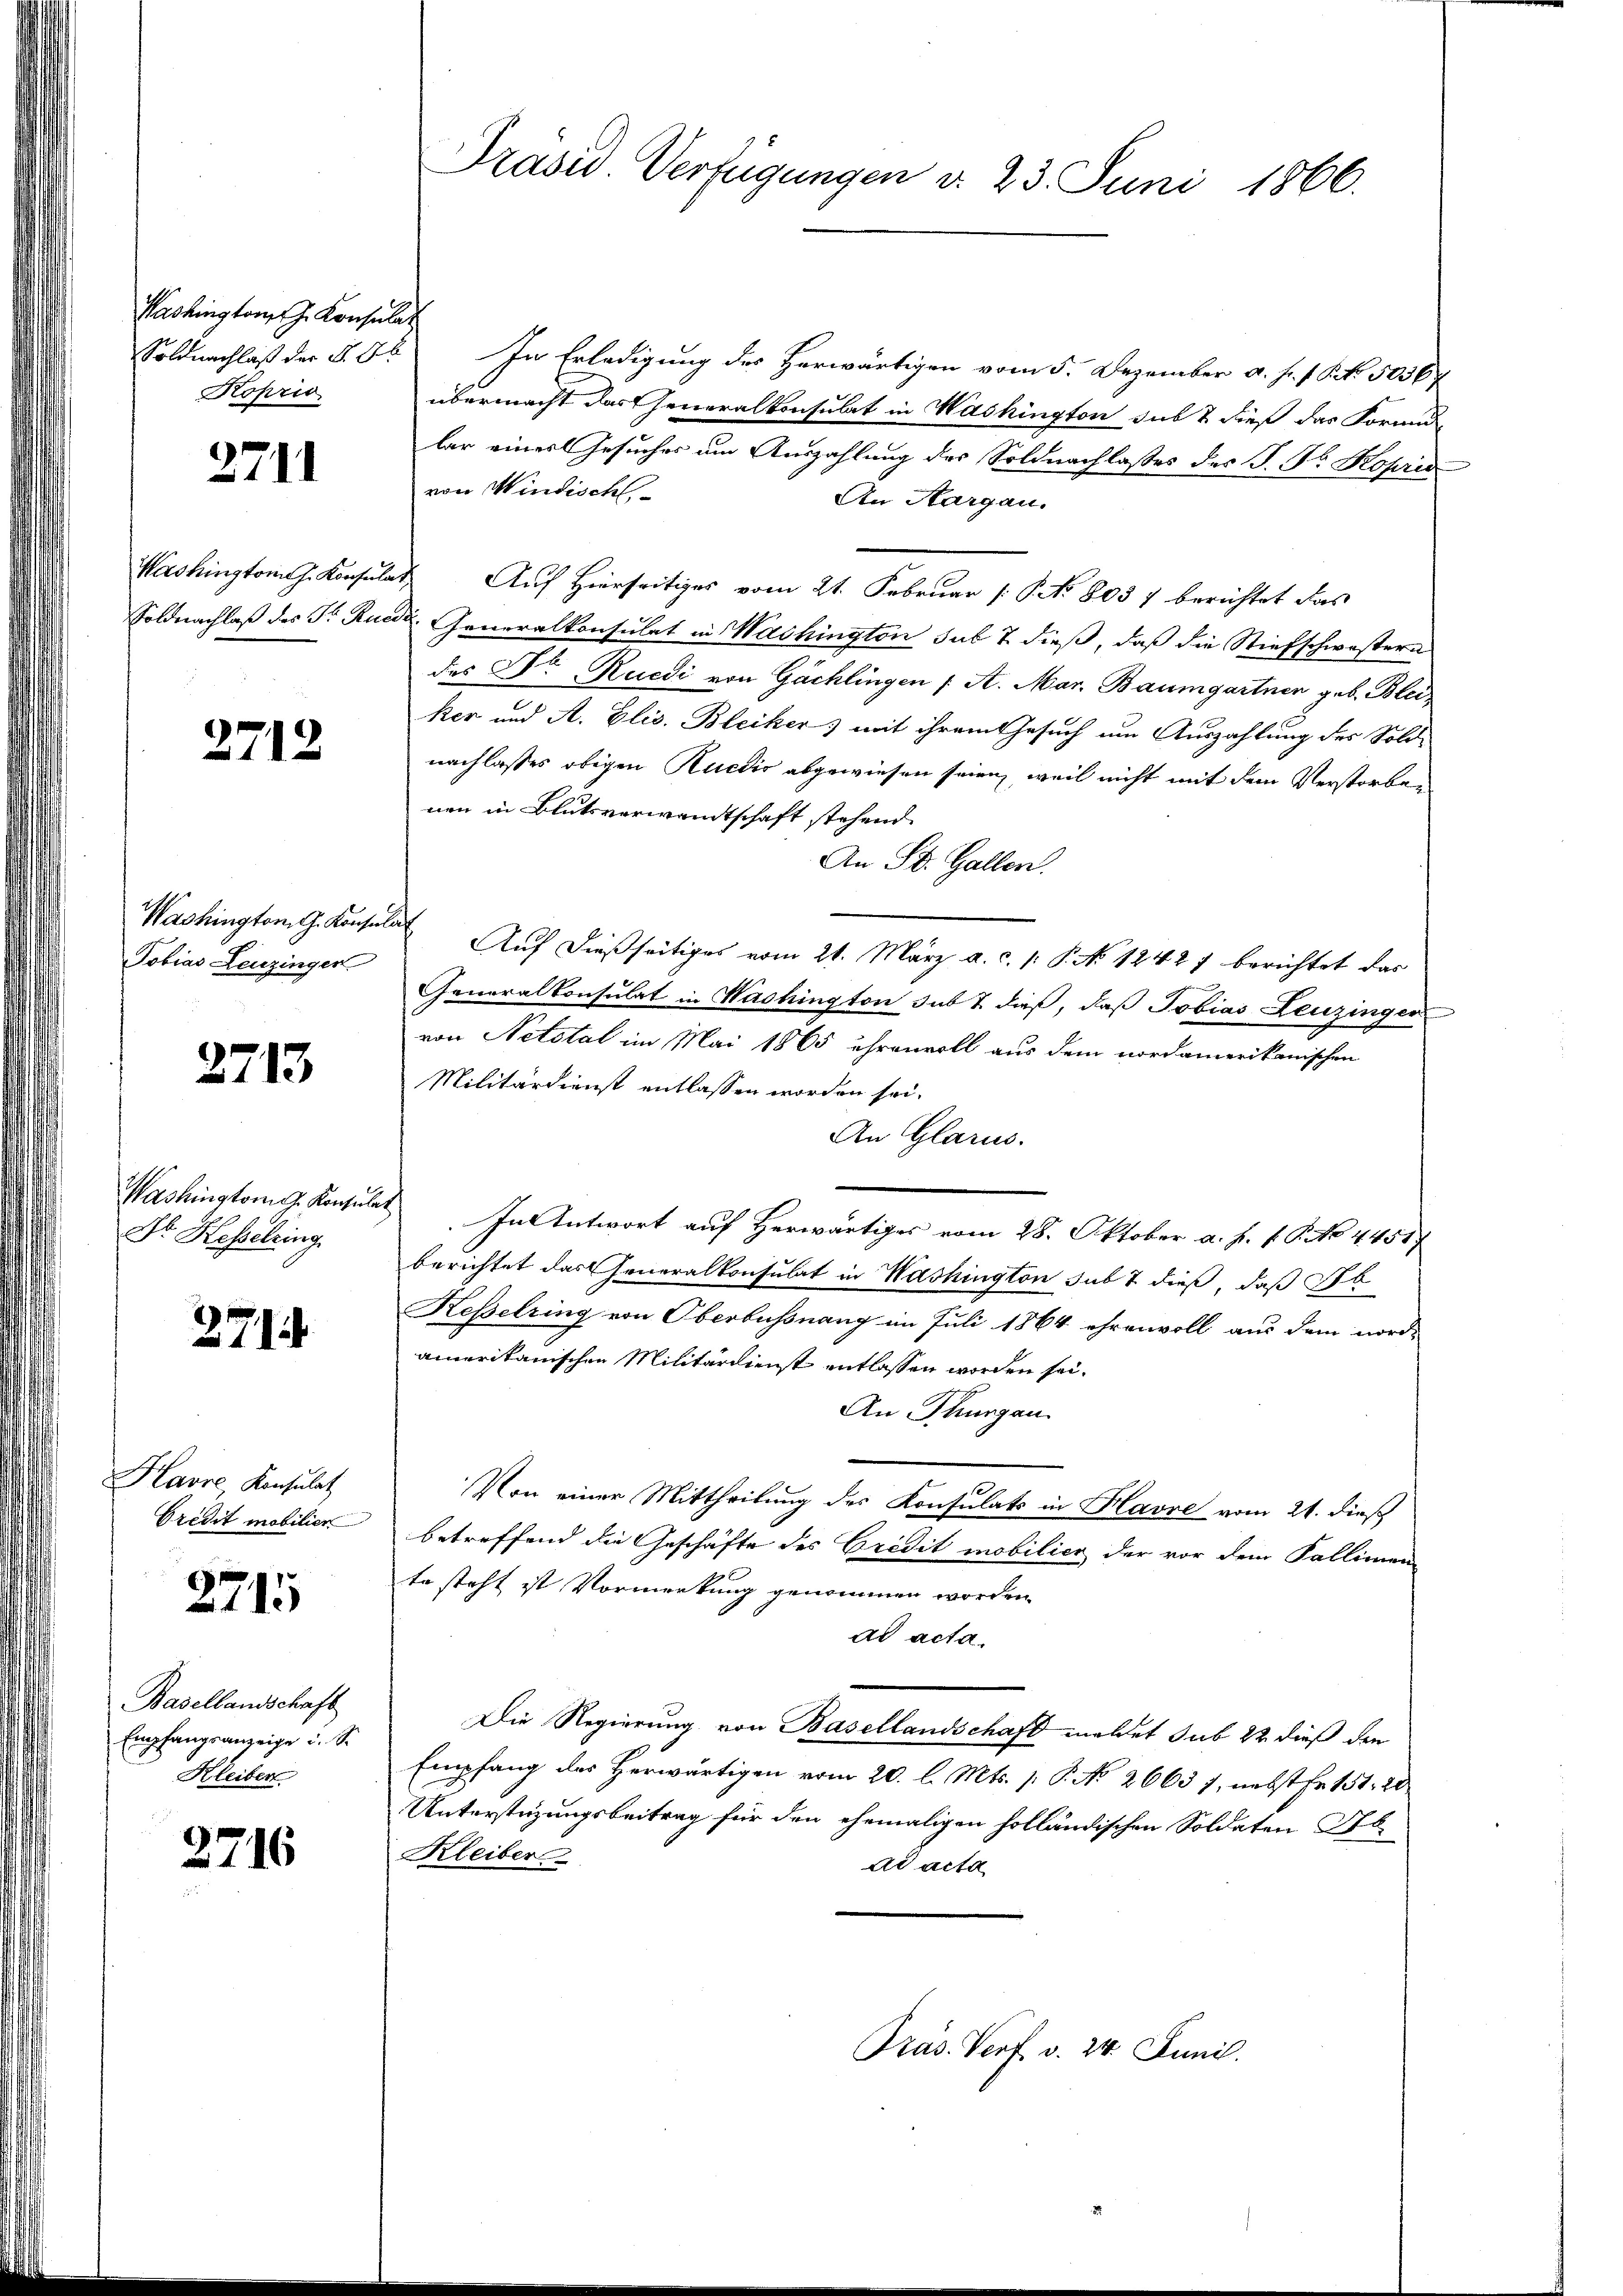
Kashington J. Konsulat
Koprio

2711

Washington J. Konsula

2712

Washington G. Konsul
Tobias Leuzinger

2713

Washingtong. Konsula
Dr. Hesselring

271

Havre, Konsulat
Credit mobilier

2715

Basellandschaft
Empfangsanzeige u. S.
Hleiber

3716

Präsid. Verfügungen d. 23. Juni 1866.

Soldnachlaß der §. 5. In Erledigung des Herwärtigen vom 5. Dezember a. h. s. S. 5036
übermacht das Generalkonsulat in Washington sub & dieß das Form-
lar einer Gesuches um Auszahlung des Soldnachlasses des P. Fr. Kopria
von Windisch
An Aargau.
i. Auf Hierseitiges vom 21. Februar (S. No. 8037 berichtet das
Soldnachlaß des Fr. Rued. Generalkonsulat in Washington sub 7 dieß, daß die Stiefschwestern
des Dr. Rüedi von Gächlingen / A. Mar. Baumgartner geb. Bleiker und A. Elis. Bleiker mit ihrem Gesuch um Auszahlung des Soldnachlasses obigen Ruedio abgewiesen seien, weil nicht mit dem Verstorben
nen in Blutsverwandtschaft stehend.
An St. Gallen.
¬
Auf dießseitiges vom 21. März a. c. /: P. No 1242) berichtet das
Generalkonsulat in Washington sub 7. dieß, daß Tobias Leuzingen
von Netstal im Mai 1865 ehrenvoll aus dem nordamerikanischen
Militärdienst entlassen worden sei.
An Glarus.
In Antwort auf Herwärtiges vom 28. Oktober a. f. v. P. No 44517
berichtet das Generalkonsulat in Washington sub 7 dieß, daß Ob
Kesselring von Oberbussnang im Juli 1864 ehrenvoll aus dem nord-
amerikanischen Militärdienst entlassen worden sei.
An Thurgau.
Von einer Mittheilung des Konsulats in Havre vom 21. dieß
betreffend die Geschäfte des Credit mobilier der vor dem Fallimen-
te steht ist Vormerkung genommen worden.
ad acta.
Die Regierung von Basellandschaft meldet sub 22 dieß den
Empfang des Herwärtigen vom 20. l. Mts. p. P. No 2663 7, nebst Fr. 151. 20
Unterstüzungsbeitrag für den ehemaligen holländischen Soldaten Ab
Kleiber
ad acta

Pras. Vert. v. 24. Juni.